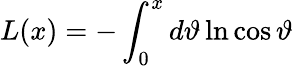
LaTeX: L(x)=-\int_{0}^{x}d\vartheta\ln\cos\vartheta